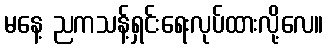
မနေ့ ညကသန့်ရှင်းရေးလုပ်ထားလို့လေ။